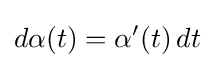
d\alpha (t)=\alpha ^{\prime }(t)\,dt